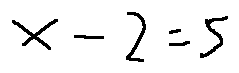
x - 2 = 5